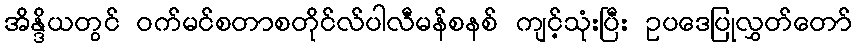
အိန္ဒိယတွင် ဝက်မင်စတာစတိုင်လ်ပါလီမန်စနစ် ကျင့်သုံးပြီး ဥပဒေပြုလွှတ်တော်